Civil Veterinary Department. United Provinces 1932-42 - 1932-1942
Year: 1932
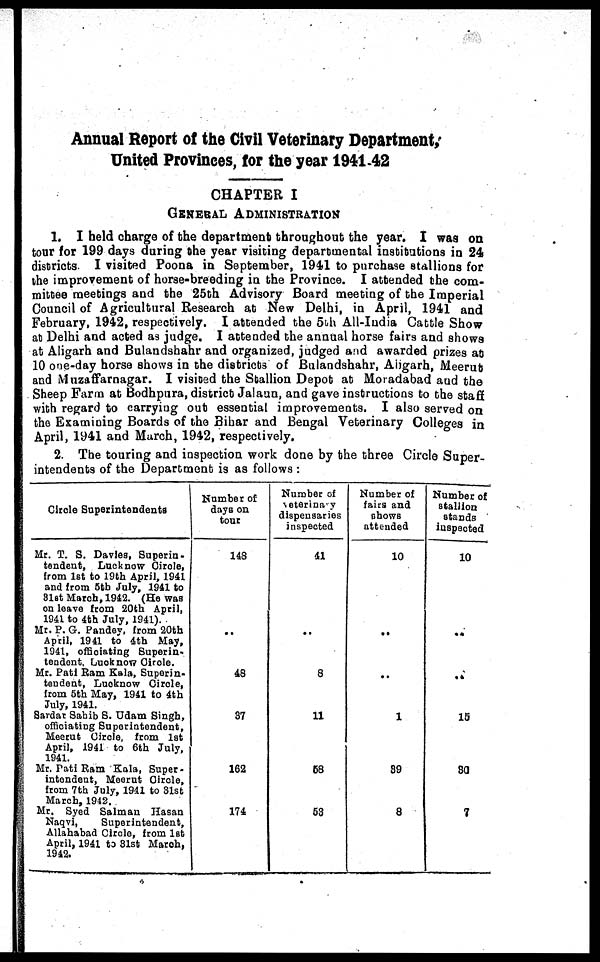
Annual Report of the Civil Veterinary Department
United Provinces, for the year 1941-42
CHAPTER I
GENERAL ADMINISTRATION
1. I held charge of the department throughout the year. I was on
tour for 199 days during the year visiting departmental institutions in 24
districts I visited Poona in September, 1941 to purchase stallions for
the improvement of horse-breeding in the Province. I attended the com-
mittee meetings and the 25th Advisory Board meeting of the Imperial
Council of Agricultural Research at New Delhi, in April, 1941 and
February, 1942, respectively. I attended the 5th All-India Cattle Show
at Delhi and acted as judge. I attended the annual horse fairs and shows
at Aligarh and Bulandshahr and organized, judged and awarded prizes at
10 one-day horse shows in the districts of Bulandshahr, Aligarh, Meerut
and Muzaffarnagar. I visited the Stallion Depot at Moradabad and the
Sheep Farm at Bodhpura, district Jalaun, and gave instructions to the staff
with regard to carrying out essential improvements. I also served on
the Examining Boards of the Bihar and Bengal Veterinary Colleges in
April, 1941 and March, 1942, respectively.
2. The touring and inspection work done by the three Circle Super-
intendents of the Department is as follows :
Circle Superintendents
Mr. T. S. Davies, Superin-
tendent, Lucknow Cirole,
from 1st to 19th April, 1941
and from 5tb July, 1941 to
3lst March, 1942. (He was
on leave from 20th April,
1941 to 4th July, 1941).
Mr. P. G. Pandey, from 20th
April, 1941 to 4th May,
1941, officiating Superin-
tendent. Lucknow circle.
Mr. Patl Ram Kala, Superin-
tendent, Lucknow Circle,
from 5th May, 1941 to 4th
July, 1941.
Sardar Sahib S. Udam Singh,
officiating Superintendent,
Meerut Circle, from 1st
April, 1941 to 6th July,
1941.
Mr. Rati Ram Kala, Super-
intendent, Meerut Circle,
from 7th July, 1941 to 31st
March, 1942.
Mr. Syed Salman Hasan
Naqvi,
Superintendent,
Allahabad Circle, from lst
April, 1941 to 31st March,
1942.
Number of
days on
tour
148
..
48
37
162
174
Number of
veterinary
dispensaries
inspected
41
..
8
11
58
53
Number of
fairs and
chows
attended
10
..
..
1
39
8
Number of
stallion
stands
inspected
10
..
..
15
30
7